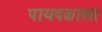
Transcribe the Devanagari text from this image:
पायदळाला